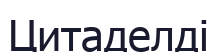
Цитаделді